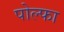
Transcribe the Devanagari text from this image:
पोल्फा